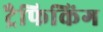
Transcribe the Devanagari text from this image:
ट्रैफिकिंग